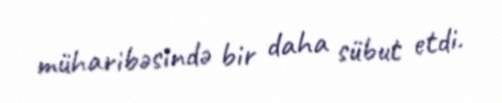
müharibəsində bir daha sübut etdi.